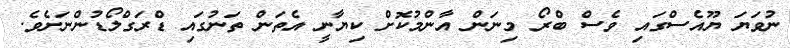
ނުވަޔަ ޔޫއެސްގައި ވެސް ބްރޯ މިނަން އާންމުކޮށް ކިޔާނީ އެތަން ތަނުގައި ޑްރަގްލޯޑުންނަށެވެ.